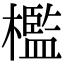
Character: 檻